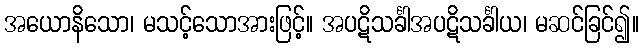
အယောနိသော၊ မသင့်သောအားဖြင့်။ အပဋိသင်္ခါအပဋိသင်္ခါယ၊ မဆင်ခြင်၍။